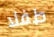
طفلا